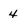
Character: 4